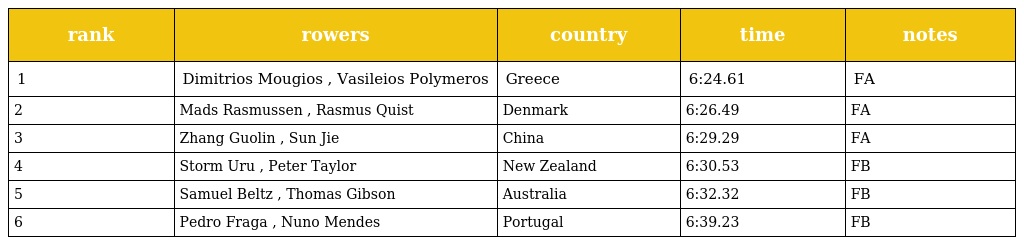
| rank | rowers | country | time | notes |
 | --- | --- | --- | --- | --- |
 | 1 | Dimitrios Mougios , Vasileios Polymeros | Greece | 6:24.61 | FA |
 | 2 | Mads Rasmussen , Rasmus Quist | Denmark | 6:26.49 | FA |
 | 3 | Zhang Guolin , Sun Jie | China | 6:29.29 | FA |
 | 4 | Storm Uru , Peter Taylor | New Zealand | 6:30.53 | FB |
 | 5 | Samuel Beltz , Thomas Gibson | Australia | 6:32.32 | FB |
 | 6 | Pedro Fraga , Nuno Mendes | Portugal | 6:39.23 | FB |